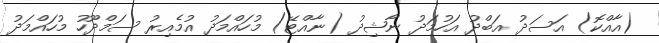
(އާއްކޮ) އަސަދު އަބްދު އަހުމަދު ނާޝިދު (ނާއްޓޭ) މުހައްމަދު އުމެއިރު ސަމްދޫހު މުހައްމަދު